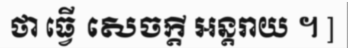
ថា ធ្វើ សេចក្តី អន្តរាយ ។ ]